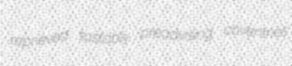
reprieved tastably preadvising coventries